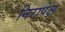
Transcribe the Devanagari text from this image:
निरापेक्ष